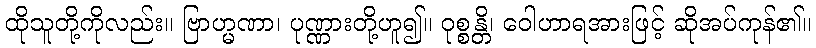
ထိုသူတို့ကိုလည်း။ ဗြာဟ္မဏာ၊ ပုဏ္ဏားတို့ဟူ၍။ ဝုစ္စန္တိ၊ ဝေါဟာရအားဖြင့် ဆိုအပ်ကုန်၏။